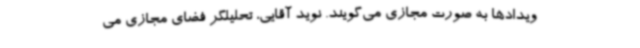
ویدادها به صورت مجازی می‌گویند. نوید آقایی، تحلیلگر فضای مجازی می